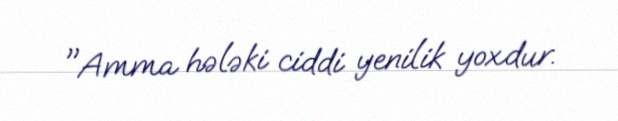
"Amma hələki ciddi yenilik yoxdur.